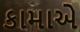
કામાએ